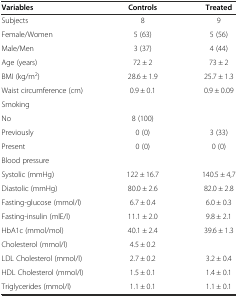
<table><thead><tr><td><b>Variables</b></td><td><b>Controls</b></td><td><b>Treated</b></td></tr></thead><tbody><tr><td>Subjects</td><td>8</td><td>9</td></tr><tr><td>Female/Women</td><td>5 (63)</td><td>5 (56)</td></tr><tr><td>Male/Men</td><td>3 (37)</td><td>4 (44)</td></tr><tr><td>Age (years)</td><td>72 ± 2</td><td>73 ± 2</td></tr><tr><td>BMI (kg/m<sup>2</sup>)</td><td>28.6 ± 1.9</td><td>25.7 ± 1.3</td></tr><tr><td>Waist circumference (cm)</td><td>0.9 ± 0.1</td><td>0.9 ± 0.09</td></tr><tr><td>Smoking</td><td>[EMPTY_CELL]</td><td>[EMPTY_CELL]</td></tr><tr><td>No</td><td>8 (100)</td><td>[EMPTY_CELL]</td></tr><tr><td>Previously</td><td>0 (0)</td><td>3 (33)</td></tr><tr><td>Present</td><td>0 (0)</td><td>0 (0)</td></tr><tr><td>Blood pressure</td><td>[EMPTY_CELL]</td><td>[EMPTY_CELL]</td></tr><tr><td>Systolic (mmHg)</td><td>122 ± 16.7</td><td>140.5 ± 4,7</td></tr><tr><td>Diastolic (mmHg)</td><td>80.0 ± 2.6</td><td>82.0 ± 2.8</td></tr><tr><td>Fasting-glucose (mmol/l)</td><td>6.7 ± 0.4</td><td>6.0 ± 0.3</td></tr><tr><td>Fasting-insulin (mlE/l)</td><td>11.1 ± 2.0</td><td>9.8 ± 2.1</td></tr><tr><td>HbA1c (mmol/mol)</td><td>40.1 ± 2.4</td><td>39.6 ± 1.3</td></tr><tr><td>Cholesterol (mmol/l)</td><td>4.5 ± 0.2</td><td>[EMPTY_CELL]</td></tr><tr><td>LDL Cholesterol (mmol/l)</td><td>2.7 ± 0.2</td><td>3.2 ± 0.4</td></tr><tr><td>HDL Cholesterol (mmol/l)</td><td>1.5 ± 0.1</td><td>1.4 ± 0.1</td></tr><tr><td>Triglycerides (mmol/l)</td><td>1.1 ± 0.1</td><td>1.1 ± 0.1</td></tr></tbody></table>